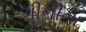
ગીનીના